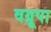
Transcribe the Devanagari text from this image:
वग्रूपा